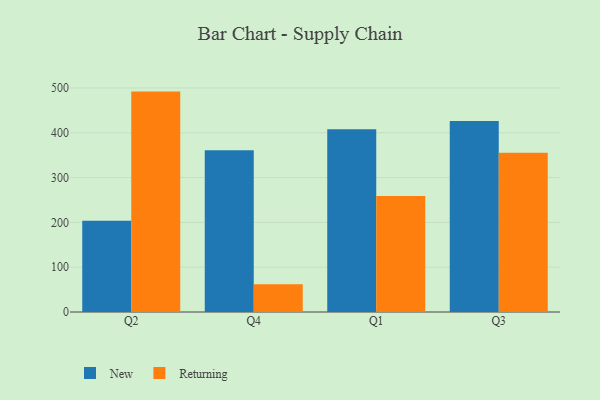
{"axis": {"x": "Quarter", "y": "Net Income (USD K)"}, "legend": ["New", "Returning"], "data": [{"x": "Q2", "y": 203.6, "type": "New"}, {"x": "Q2", "y": 491.9, "type": "Returning"}, {"x": "Q4", "y": 361.0, "type": "New"}, {"x": "Q4", "y": 61.9, "type": "Returning"}, {"x": "Q1", "y": 407.8, "type": "New"}, {"x": "Q1", "y": 259.1, "type": "Returning"}, {"x": "Q3", "y": 426.2, "type": "New"}, {"x": "Q3", "y": 355.5, "type": "Returning"}]}